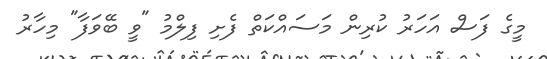
މީގެ ފަސް އަހަރު ކުރިން މަސައްކަތް ފެށި ފިލްމު "ވީ ބޭވަފާ" މިހާރު